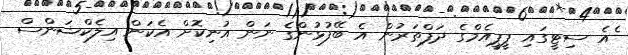
ެއެ ސިޓީގައި ޕީޕީއެމްގެ ދަފްތަރުން އެ ބޭފުޅުންގެ ނަން އުނިކޮށް އެކަން އިލެކްޝަންސް